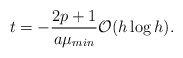
\begin{align*}t = -\frac{2p+1}{a\mu_{min}} \mathcal{O}(h \log h).\end{align*}